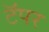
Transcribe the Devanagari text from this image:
टॅपर